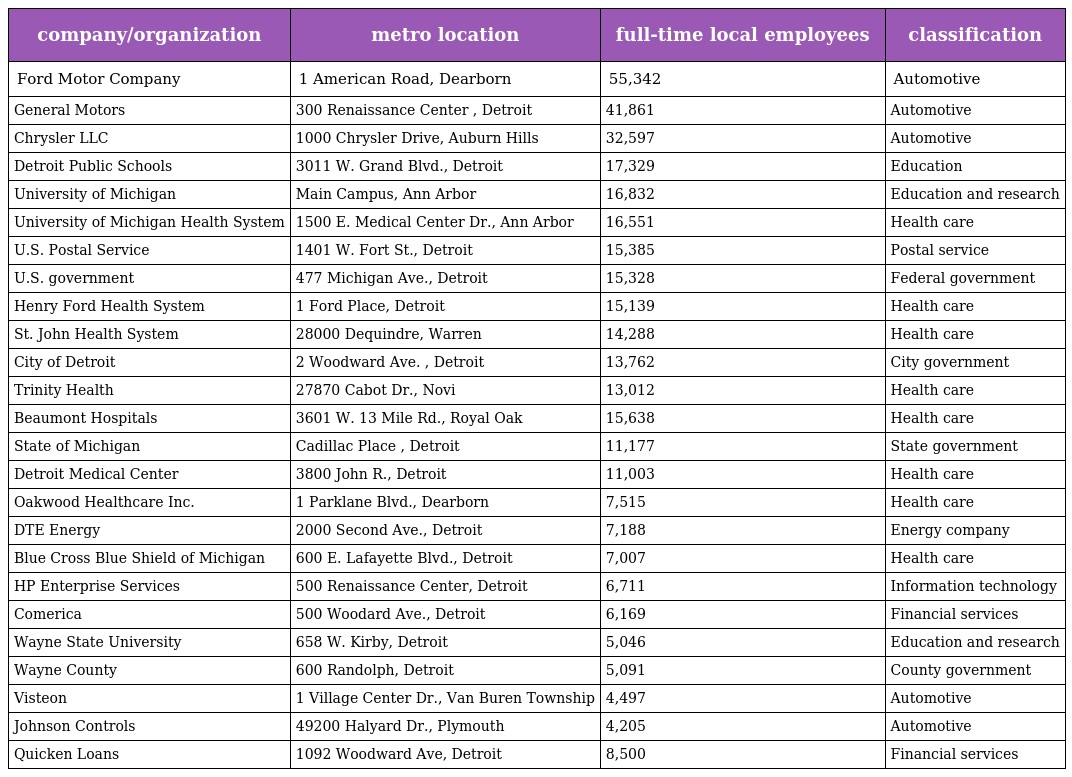
| company/organization | metro location | full-time local employees | classification |
 | --- | --- | --- | --- |
 | Ford Motor Company | 1 American Road, Dearborn | 55,342 | Automotive |
 | General Motors | 300 Renaissance Center , Detroit | 41,861 | Automotive |
 | Chrysler LLC | 1000 Chrysler Drive, Auburn Hills | 32,597 | Automotive |
 | Detroit Public Schools | 3011 W. Grand Blvd., Detroit | 17,329 | Education |
 | University of Michigan | Main Campus, Ann Arbor | 16,832 | Education and research |
 | University of Michigan Health System | 1500 E. Medical Center Dr., Ann Arbor | 16,551 | Health care |
 | U.S. Postal Service | 1401 W. Fort St., Detroit | 15,385 | Postal service |
 | U.S. government | 477 Michigan Ave., Detroit | 15,328 | Federal government |
 | Henry Ford Health System | 1 Ford Place, Detroit | 15,139 | Health care |
 | St. John Health System | 28000 Dequindre, Warren | 14,288 | Health care |
 | City of Detroit | 2 Woodward Ave. , Detroit | 13,762 | City government |
 | Trinity Health | 27870 Cabot Dr., Novi | 13,012 | Health care |
 | Beaumont Hospitals | 3601 W. 13 Mile Rd., Royal Oak | 15,638 | Health care |
 | State of Michigan | Cadillac Place , Detroit | 11,177 | State government |
 | Detroit Medical Center | 3800 John R., Detroit | 11,003 | Health care |
 | Oakwood Healthcare Inc. | 1 Parklane Blvd., Dearborn | 7,515 | Health care |
 | DTE Energy | 2000 Second Ave., Detroit | 7,188 | Energy company |
 | Blue Cross Blue Shield of Michigan | 600 E. Lafayette Blvd., Detroit | 7,007 | Health care |
 | HP Enterprise Services | 500 Renaissance Center, Detroit | 6,711 | Information technology |
 | Comerica | 500 Woodard Ave., Detroit | 6,169 | Financial services |
 | Wayne State University | 658 W. Kirby, Detroit | 5,046 | Education and research |
 | Wayne County | 600 Randolph, Detroit | 5,091 | County government |
 | Visteon | 1 Village Center Dr., Van Buren Township | 4,497 | Automotive |
 | Johnson Controls | 49200 Halyard Dr., Plymouth | 4,205 | Automotive |
 | Quicken Loans | 1092 Woodward Ave, Detroit | 8,500 | Financial services |